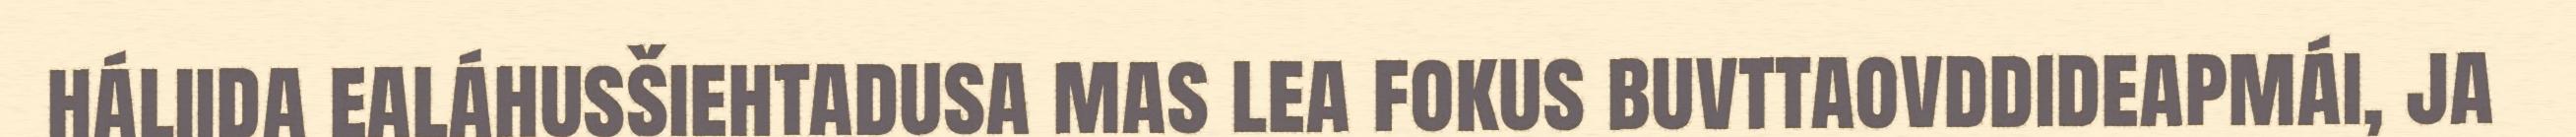
háliida ealáhusšiehtadusa mas lea fokus buvttaovddideapmái, ja